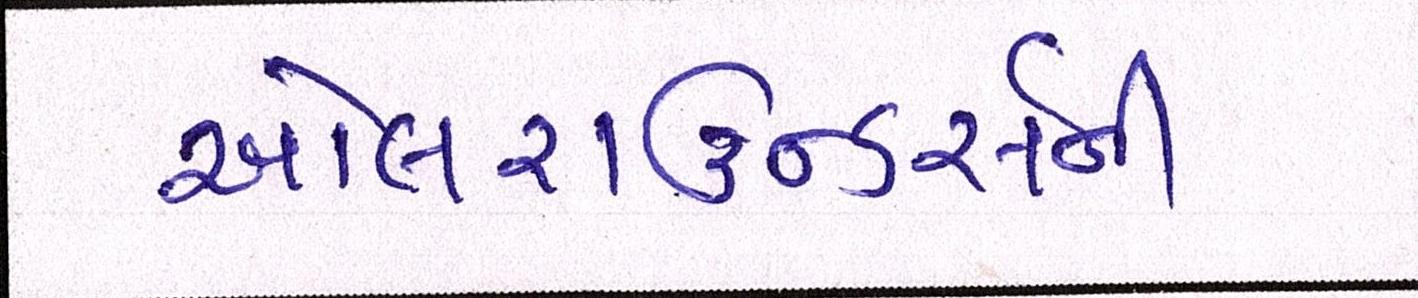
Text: ઓલરાઉન્ડર્સની